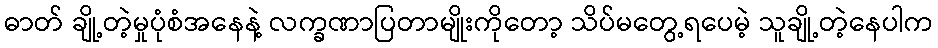
ဓာတ် ချို့တဲ့မှုပုံစံအနေနဲ့ လက္ခဏာပြတာမျိုးကိုတော့ သိပ်မတွေ့ရပေမဲ့ သူချို့တဲ့နေပါက